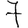
Digit: 7